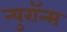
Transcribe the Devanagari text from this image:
न्युरॉन्स